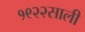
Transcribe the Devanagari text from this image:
१९२२साली